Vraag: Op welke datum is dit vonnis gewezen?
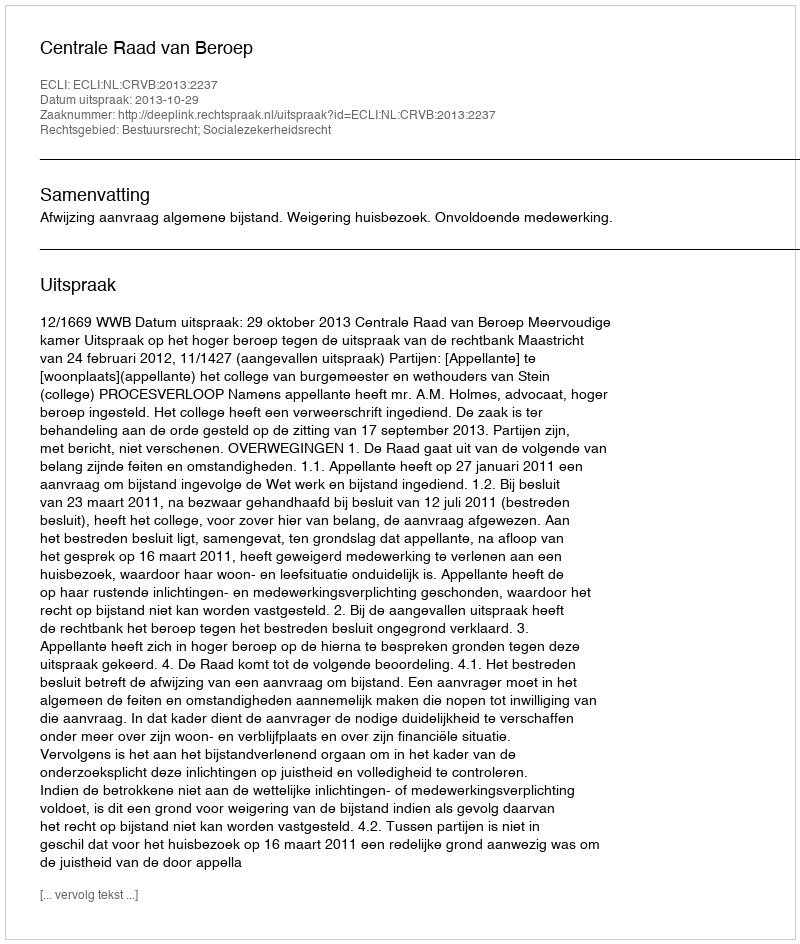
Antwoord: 2013-10-29